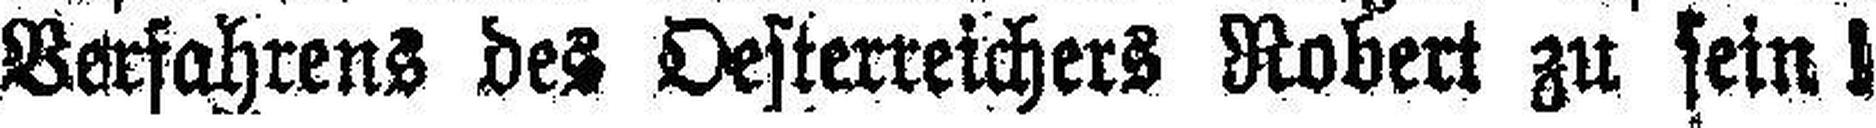
Verfahrens des Oesterreichers Robert zu sein!